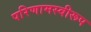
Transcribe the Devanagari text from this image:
परिणामस्वीरूप